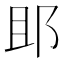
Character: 䢸